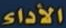
الأداء